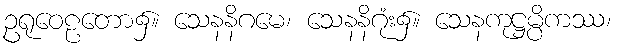
ဥရုဝေဠတော၌။ သေနနိဂမေ၊ သေနနိဂုံး၌။ သေနကုဋ္ဌမ္ပိကဿ၊